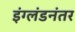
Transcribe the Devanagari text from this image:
इंग्लंडनंतर